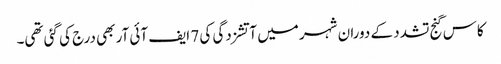
کاس گنج تشدد کے دوران شہر میں آتشزدگی کی 7 ایف آئی آر بھی درج کی گئی تھی۔